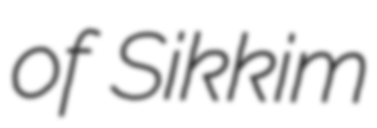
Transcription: of Sikkim